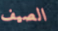
الصيف